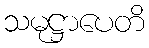
သမုဋ္ဌာပေတိ